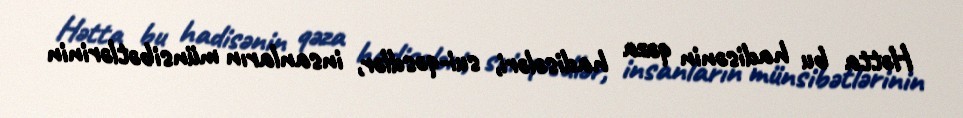
Hətta bu hadisənin qəza hadisələri, sui-qəsdlər, insanların münsibətlərinin